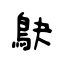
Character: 鴃